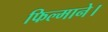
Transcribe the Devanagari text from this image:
फिल्माने।